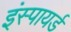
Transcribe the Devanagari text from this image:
इंस्पायर्ड